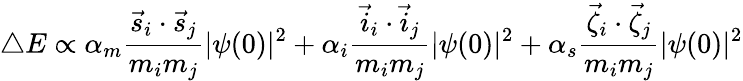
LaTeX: \triangle E\propto\alpha_{m}\frac{\vec{s}_{i}\cdot\vec{s}_{j}}{m_{i}m_{j}}|\psi(0)|^{2}+\alpha_{i}\frac{\vec{i}_{i}\cdot\vec{i}_{j}}{m_{i}m_{j}}|\psi(0)|^{2}+\alpha_{s}\frac{\vec{\zeta}_{i}\cdot\vec{\zeta}_{j}}{m_{i}m_{j}}|\psi(0)|^{2}